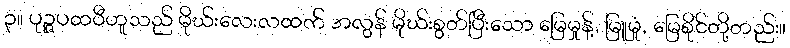
၃။ ပုဉ္ဇပထဝီဟူသည် မိုဃ်းလေးလထက် အလွန် မိုဃ်းစွတ်ပြီးသော မြေမှုန့်, မြူမှုံ, မြေစိုင်တို့တည်း။